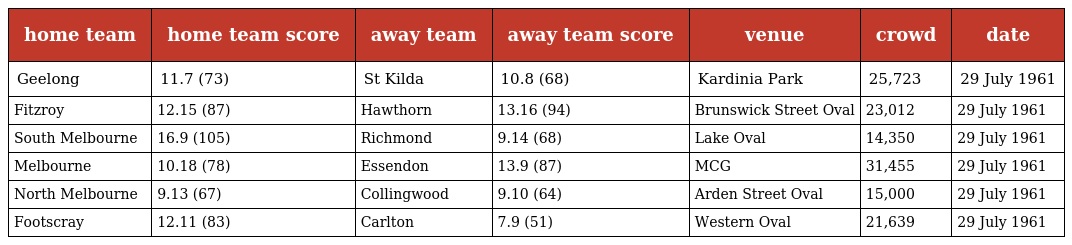
| home team | home team score | away team | away team score | venue | crowd | date |
 | --- | --- | --- | --- | --- | --- | --- |
 | Geelong | 11.7 (73) | St Kilda | 10.8 (68) | Kardinia Park | 25,723 | 29 July 1961 |
 | Fitzroy | 12.15 (87) | Hawthorn | 13.16 (94) | Brunswick Street Oval | 23,012 | 29 July 1961 |
 | South Melbourne | 16.9 (105) | Richmond | 9.14 (68) | Lake Oval | 14,350 | 29 July 1961 |
 | Melbourne | 10.18 (78) | Essendon | 13.9 (87) | MCG | 31,455 | 29 July 1961 |
 | North Melbourne | 9.13 (67) | Collingwood | 9.10 (64) | Arden Street Oval | 15,000 | 29 July 1961 |
 | Footscray | 12.11 (83) | Carlton | 7.9 (51) | Western Oval | 21,639 | 29 July 1961 |